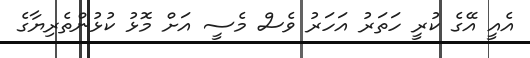
އެއީ އޭގެ ކުރީ ހަތަރު އަހަރު ވެސް މެސީ އަށް މޮޅު ކުޅުންތެރިޔާގެ